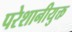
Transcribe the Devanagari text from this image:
परेशानीयुक्त